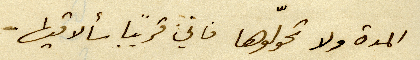
المدة ولا تحولّوهها فاني قريبًا سألاقيها